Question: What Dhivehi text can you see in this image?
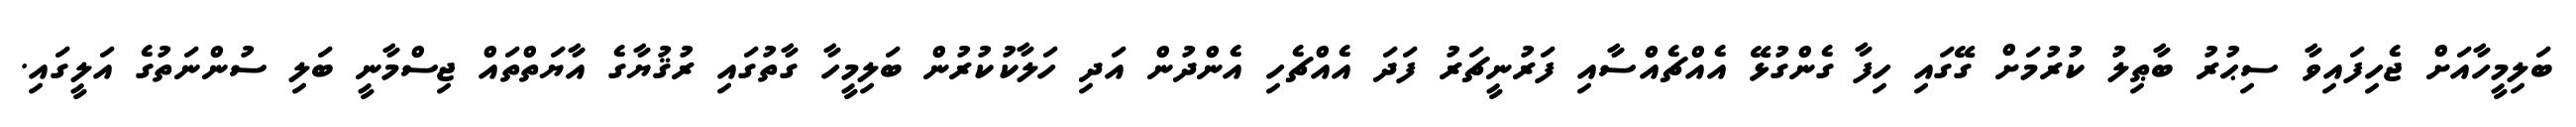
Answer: ބަލިމީހާއަށް ޖެހިފައިވާ ސިޙުރު ބާޠިލު ކުރުމަށް ގޭގައި ހިފާ ގެންގުޅޭ އެއްޗެއްސާއި ފަރުނީޗަރު ފަދަ އެއްޗެހި އެންދުން އަދި ހަލާކުކުރުން ބަލިމީހާ ގާތުގައި ރުޤުޔާގެ އާޔަތްތައް ޖިސްމާނީ ބަލި ސުންނަތުގެ އަލީގައި.